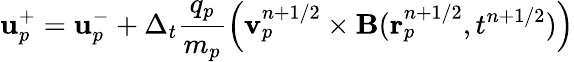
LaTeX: \mathbf{u}_{p}^{+}=\mathbf{u}_{p}^{-}+\Delta_{t}\frac{q_{p}}{m_{p}}\left(\mathbf{v}_{p}^{n+1/2}\times\mathbf{B}(\mathbf{r}_{p}^{n+1/2},t^{n+1/2})\right)